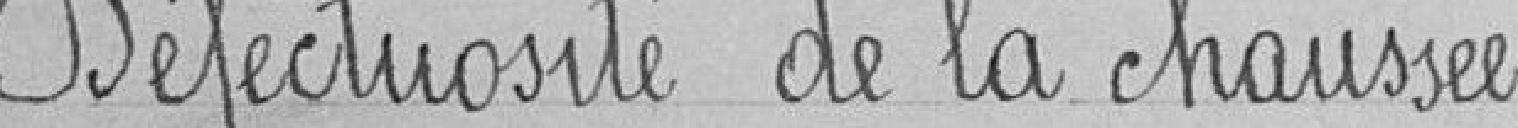
Défectuosité de la chaussée